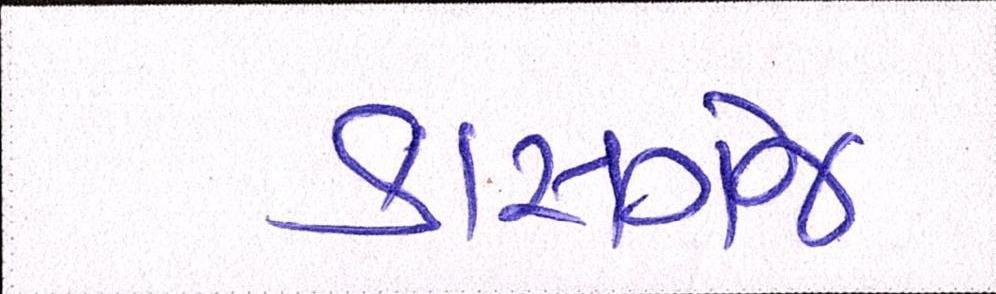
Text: કાસગંજ